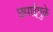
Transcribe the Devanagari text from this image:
छपाईमुळे